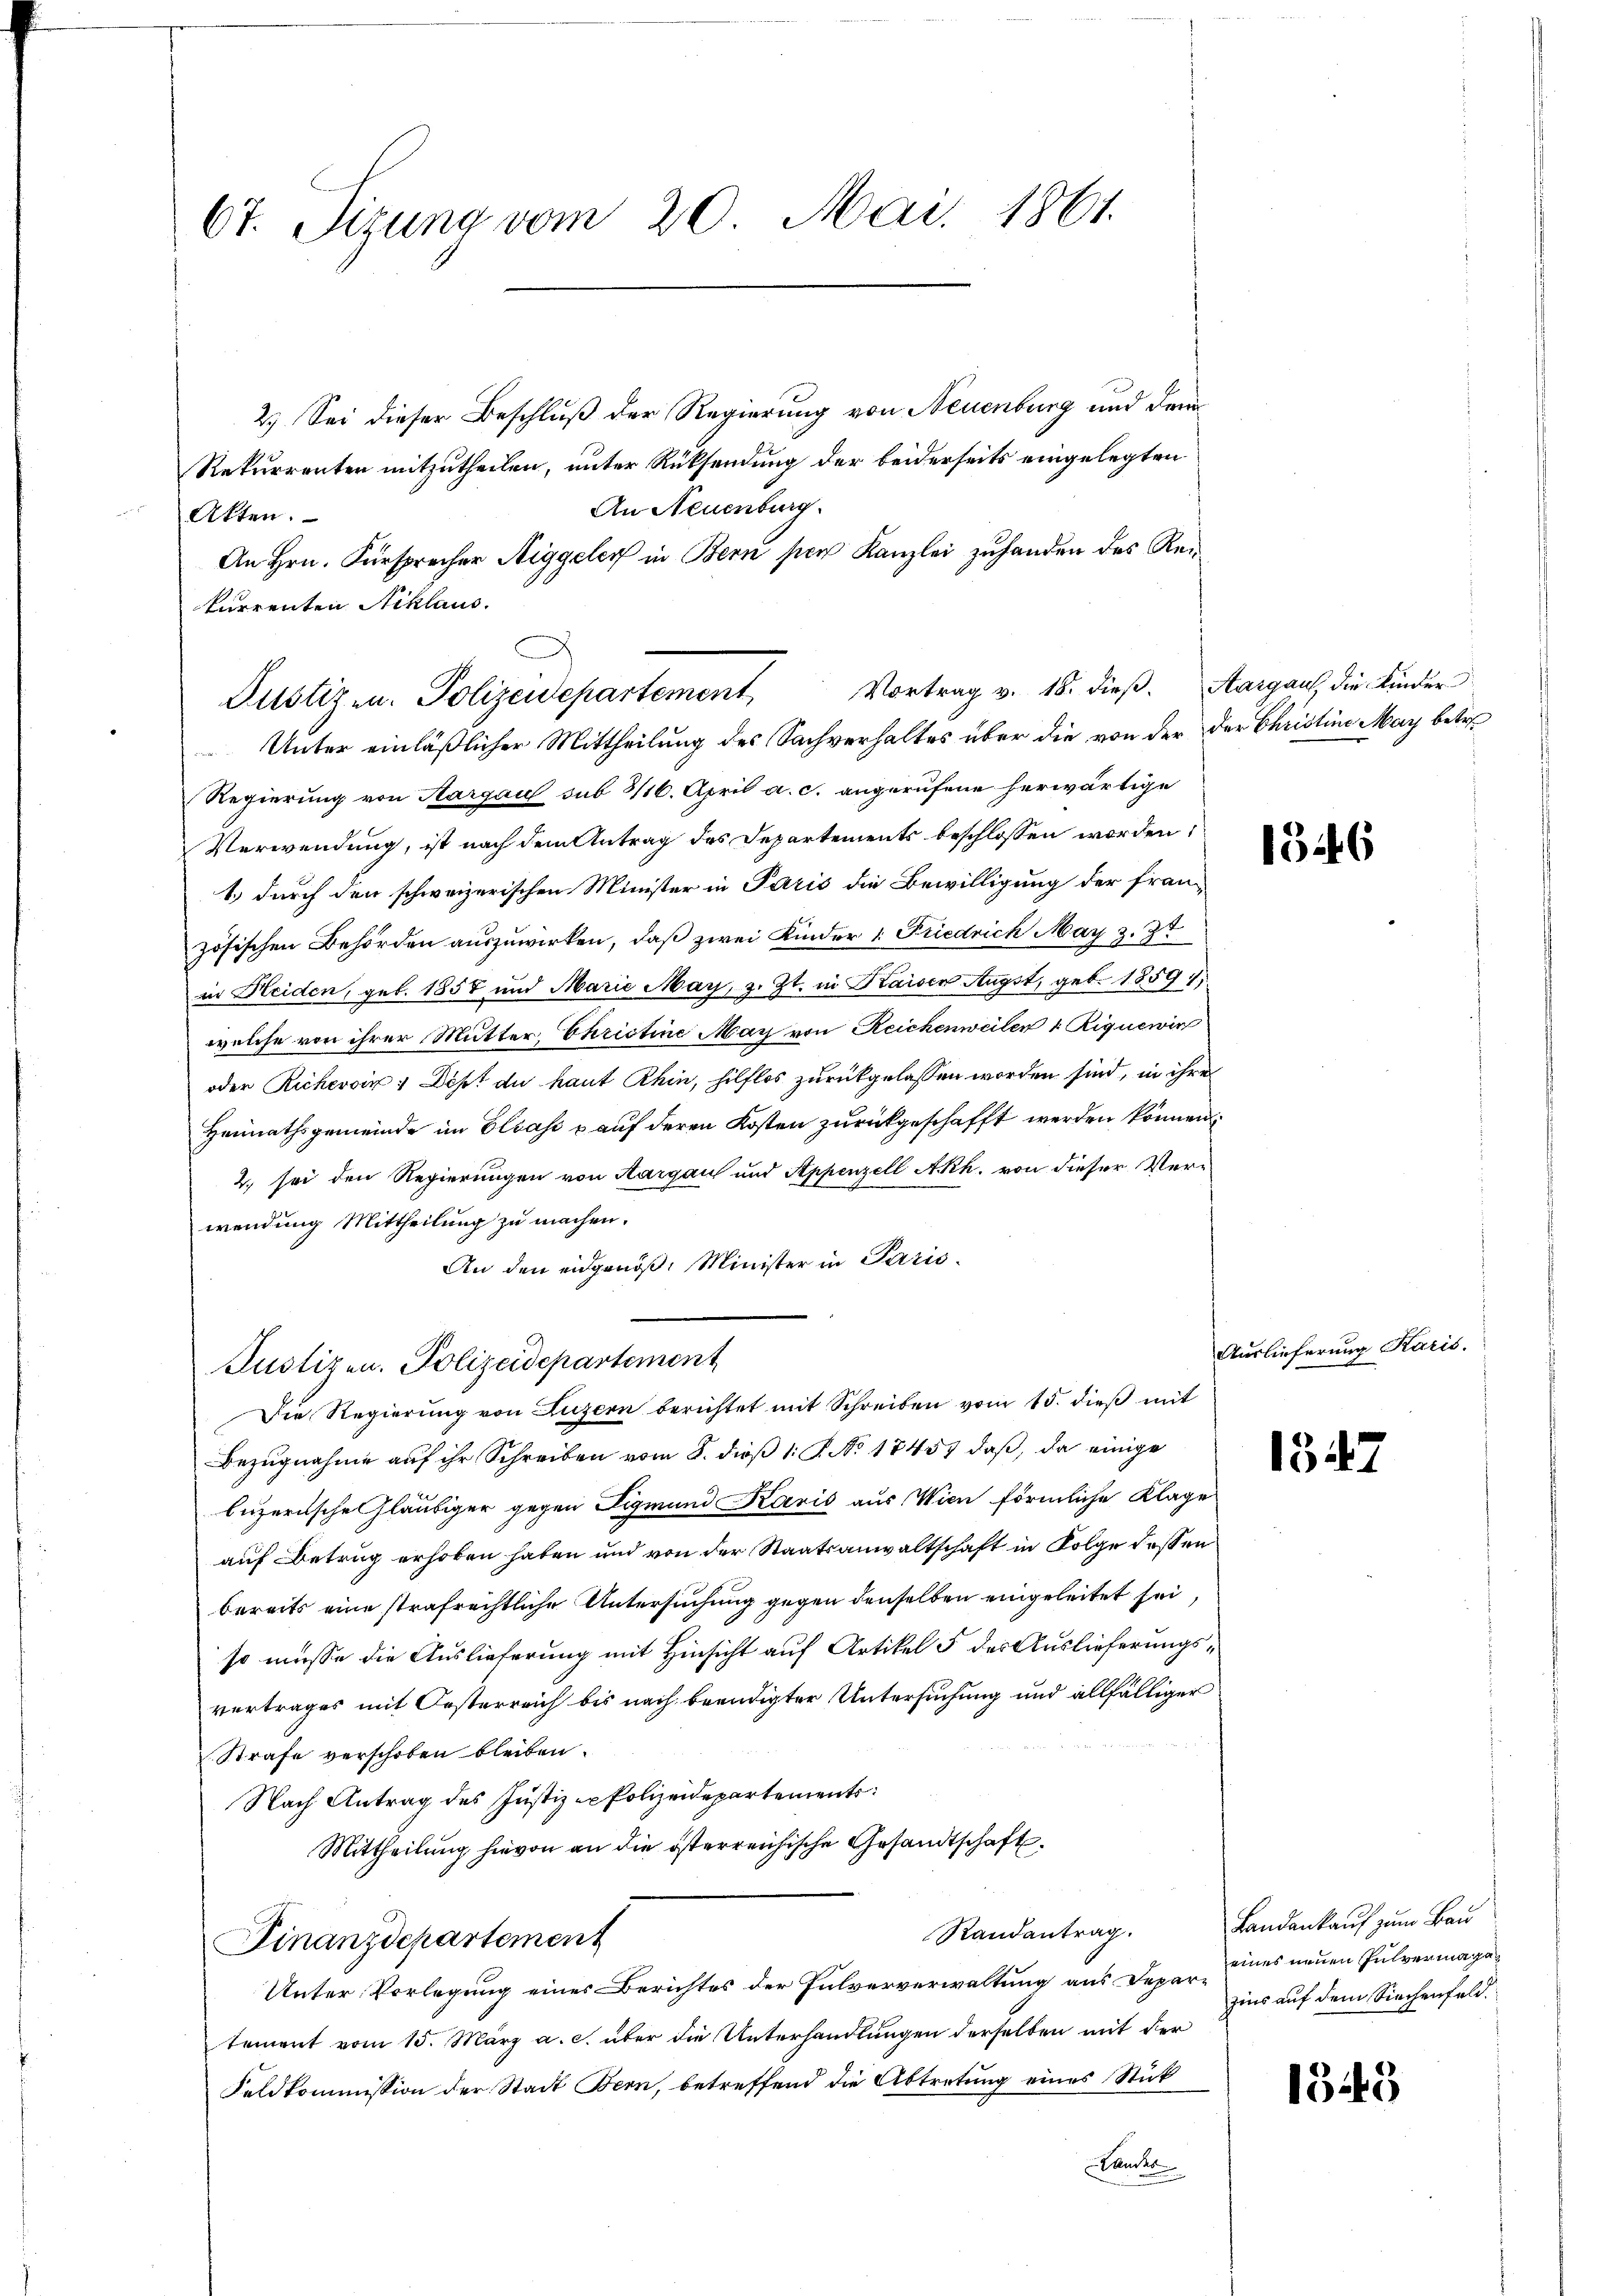
6t. Sitzung vom 20. Mai. 1861.

2.) Sei dieser Beschluß der Regierung von Neuenburg und drei¬
Rekurrenten mitzutheilen, unter Rücksendung der beiderseits eingelegten
An Neuenburg.
Akten.
An Hrn. Fürsprecher Stiggeler in Bern per Kanzlei zuhanden des Reikurrenten Acklaus

Vortrag v. 18. dieß. Aargau, die Kinder
Justizen. Polizeidepartement
Unter einläßlicher Mittheilung des Sachverhaltes über die von der der Christine May betre

Justizen. Polizeidepartement

Regierung von Aargau sub 3/16. April a. c. angerufene herwärtige
Verwendung, ist nach dem Antrag des Departements beschlossen worden,
1.) durch den schweizerischen Minister in Paris die Bewilligung der fran-
zösischen Behörden auszuwirken, daß zwei Kinder 1. Friedrich May z. 37
in Heiden, geb. 1858 und Marie May, z. Zt. in Kaiser Augst, geb. 1859;
welche von ihrer Mutter, Christine May von Reichenweilen 1. Riguenir
oder Richessir, Dist an kant Rhin, hilflos zurückgelassen worden sind, in ihre
Heimathsgemeinde im Elias & auf deren Kosten zurückgeschafft werden können.
2. sei den Regierungen von Aargau und Appenzell A.Rh. von dieser Ver-
wendung Mittheilung zu machen.
An den eidgenöß: Minister in Paris
Die Regierung von Luzern berichtet mit Schreiben vom 15. dieß mit
Bezugnahme auf ihr Schreiben vom 8. dieß 1 S. No 1745) daß, da einige
bizerische Gläubiger gegen Sigmund Karis aus Wien förmliche Klage
auf Betrug erhoben haben und von der Staatsanwaltschaft in Folge dessen
bereits eine strafrechtliche Untersuchung gegen denselben eingeleitet sei,
so müsse die Auslieferung mit Hinsicht auf Artikel 5 des Auslieferungsvertrages mit Oesterreich bis nach beendigter Untersuchung und allfälliger
 Strafe verschoben bleiben.
Nach Antrag des Justiz - Polizeidepartements
Mittheilung hievon an die österreichische Gesandtschaft
Randantrag.
Finanzdepartement
Unter Vorlegung eines Berichtes der Pulververwaltung aus Depar eines neuen Pulvermagatement vom 15. März a. c. über die Unterhandlungen derselben mit der
Feldkommission der Stadt Bern, betreffend die Abtretung eines Stück
Landes

1526

Auslieferung Karis.

1347

Landankauf zum Bau
zins auf dem Siechenfeld.

1343